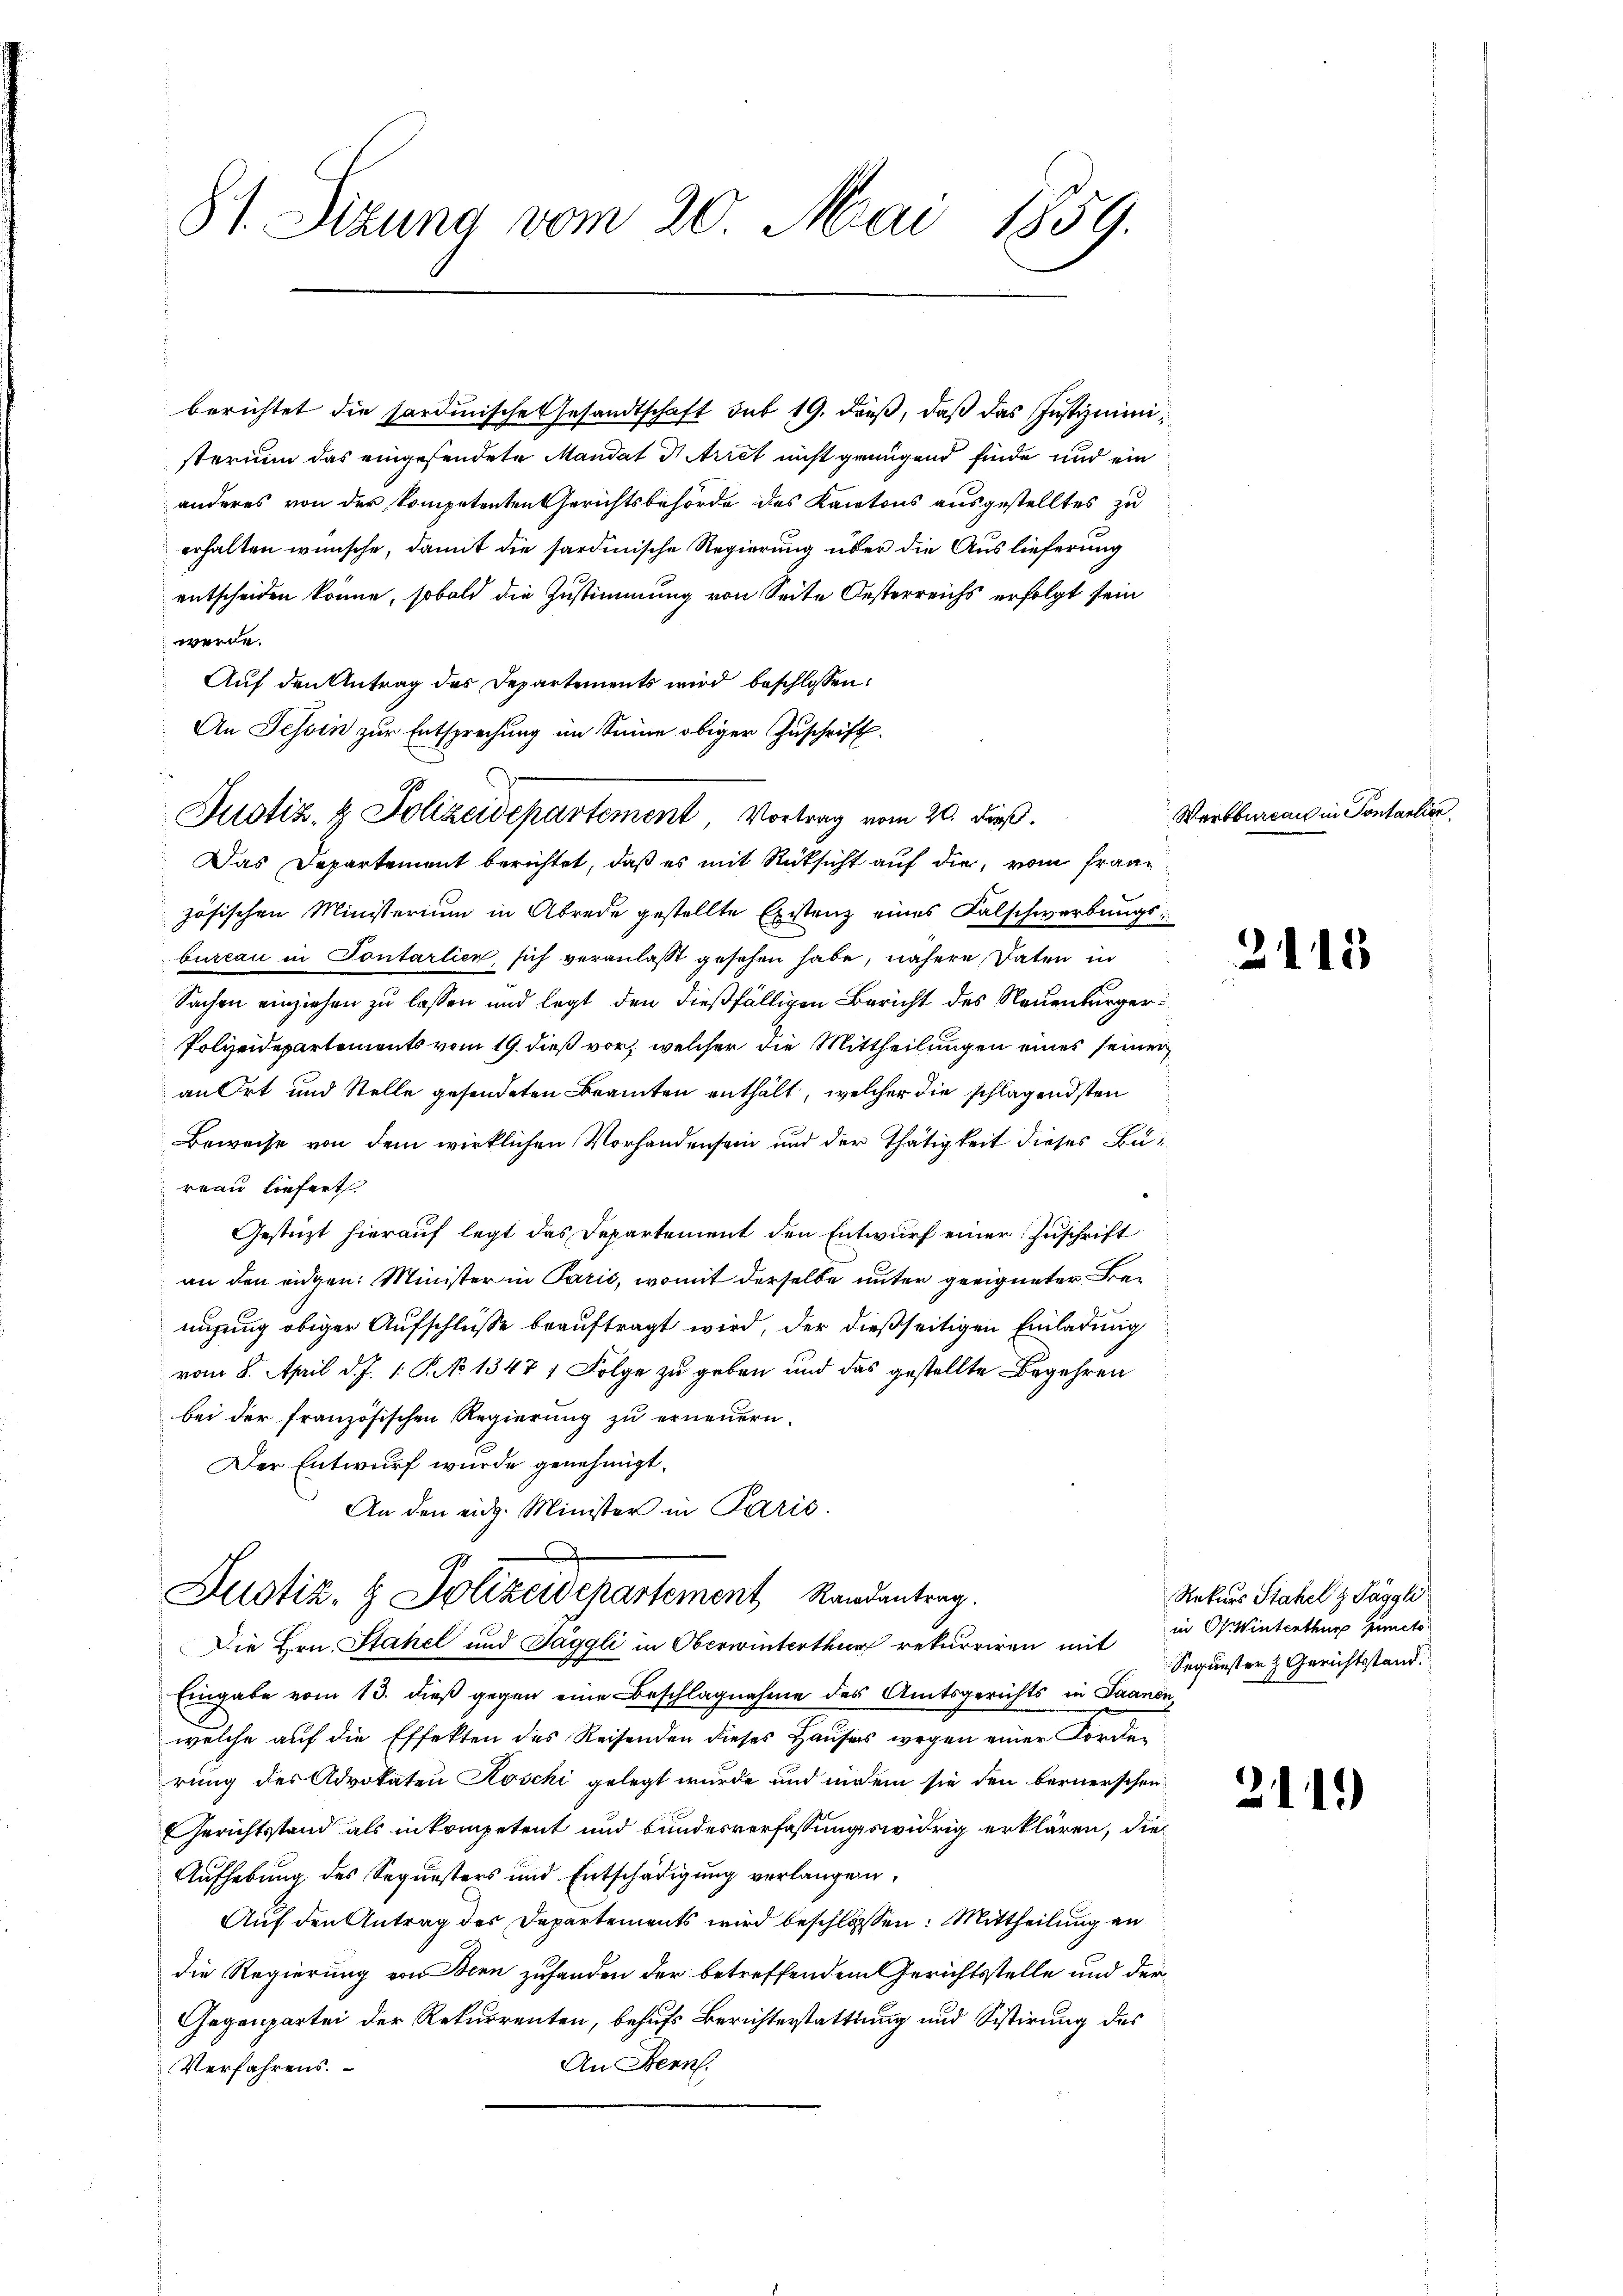
81. Sizung vom 20. Mai 1859.

berichtet die sardinische Gesandtschaft sub 19. dieß, daß das Justizministerium das eingesendete Mandat V Ariet nicht genügend finde und ein
anderes von der kompetenten Gerichtsbehörde des Kantons ausgestelltes zu
erhalten wünsche, damit die sardinische Regierung über die Auslieferung
entscheiden könne, sobald die Zustimmung von Seite Oesterreichs erfolgt sein
werde.
Auf den Antrag des Departements wird beschlossen:
An Tessin zur Entsprechung im Sinne obiger Zuschrift.
d
Das Departement berichtet, daß es mit Rücksicht auf die vom französischen Ministerium in Abrede gestellte Existenz eines Kalschwerbungsbureau in Sontarlien, sich veranlasst gesehen habe, nähere Daten in
Sachen einziehen zu lassen und legt den dießfälligen Bericht des Neuenburger¬
Polizeidepartements vom 19. dieß vor, welcher die Mittheilungen eines seiner
an Ort und Stelle gesendeten Beamten enthält, welcher die schlagendsten
Beweise von dem wirklichen Vorhandensein und der Thätigkeit dieses Büreau liefert.
Gestüzt hierauf legt das Departement den Entwurf einer Zuschrift
an den eidgen: Minister in Paris, womit derselbe unter geeigneter Benigung obiger Aufschlüsse beauftragt wird, der dießseitigen Einladung
vom 8. April d. J. 1. P. No 1347 1 Folge zu geben und das gestellte Begehren
bei der französischen Regierung zu erneuern.
Der Entwurf wurde genehmigt.
An den eidg. Minister in Paris.

Justiz & Polizeidepartement, Vortrag vom 20. dieß.

Justiz, H. Polizeidepartement Randantrag.

Die Hrn. Stahel und Taggli in Oberwinterthur rekurriren mit
Eingabe vom 13. dieß gegen eine Beschlagnahme des Amtsgerichts in Saanen,
welche auf die Effekten des Reisenden dieses Hauses wegen einer Korrerung des Advokaten Koschi gelegt wurde und indem sie den bernerschen
Gerichtsstand als in kompetent und bundesverfassungswidrig erklären, die
Aufhebung des Sequesters und Entschädigung verlangen,
Auf den Antrag des Departements wird beschlossen: Mittheilung an
die Regierung von Bern zuhanden der betreffendem Gerichtsstelle und der
Gegenpartei der Rekurrenten, behufs Berichterstattung und Sistirung des
An Bern.
Verfahrens.

Wartbureau in Pontantier

2115

211)

Rekurs Stahel z Päggli
in Winterthur puncto
Sequester z. Gerichtsstand.